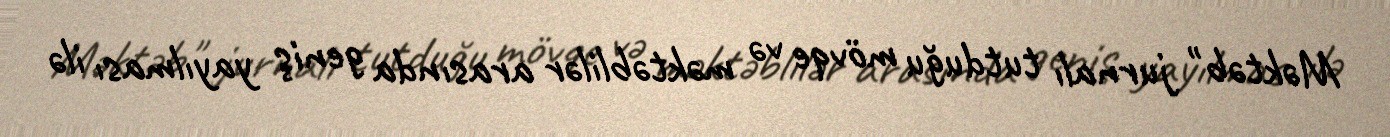
Məktəb" jurnalı tutduğu mövqe və məktəblilər arasında geniş yayılması ilə